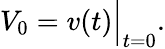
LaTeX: V_{0}=v(t){\Big|}_{t=0}.